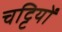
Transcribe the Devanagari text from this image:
चट्टियों